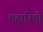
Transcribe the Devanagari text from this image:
महारिषी